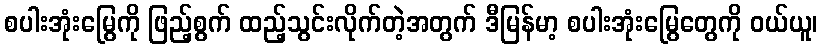
စပါးအုံးမြွေကို ဖြည့်စွက် ထည့်သွင်းလိုက်တဲ့အတွက် ဒီမြန်မာ့ စပါးအုံးမြွေတွေကို ဝယ်ယူ၊